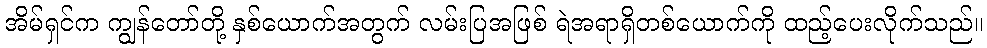
အိမ်ရှင်က ကျွန်တော်တို့ နှစ်ယောက်အတွက် လမ်းပြအဖြစ် ရဲအရာရှိတစ်ယောက်ကို ထည့်ပေးလိုက်သည်။